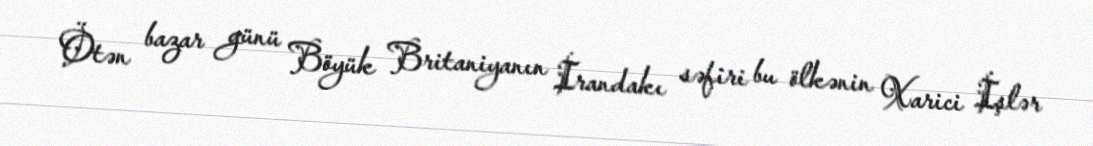
Ötən bazar günü Böyük Britaniyanın İrandakı səfiri bu ölkənin Xarici İşlər